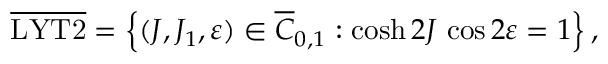
\overline { { \mathrm { L Y T 2 } } } = \left\{ ( J , J _ { 1 } , \varepsilon ) \in \overline { { C } } _ { 0 , 1 } : \cosh 2 J \, \cos 2 \varepsilon = 1 \right\} ,